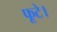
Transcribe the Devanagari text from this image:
फूटे।